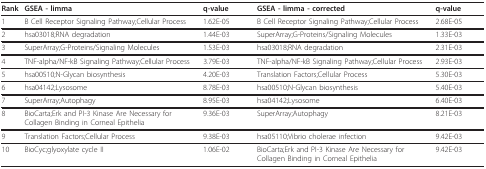
<table><thead><tr><td><b>Rank</b></td><td><b>GSEA - limma</b></td><td><b>q-value</b></td><td><b>GSEA - limma - corrected</b></td><td><b>q-value</b></td></tr></thead><tbody><tr><td>1</td><td>B Cell Receptor Signaling Pathway;Cellular Process</td><td>1.62E-05</td><td>B Cell Receptor Signaling Pathway;Cellular Process</td><td>2.68E-05</td></tr><tr><td>2</td><td>hsa03018;RNA degradation</td><td>1.44E-03</td><td>SuperArray;G-Proteins/Signaling Molecules</td><td>1.33E-03</td></tr><tr><td>3</td><td>SuperArray;G-Proteins/Signaling Molecules</td><td>1.53E-03</td><td>hsa03018;RNA degradation</td><td>2.31E-03</td></tr><tr><td>4</td><td>TNF-alpha/NF-kB Signaling Pathway;Cellular Process</td><td>3.79E-03</td><td>TNF-alpha/NF-kB Signaling Pathway;Cellular Process</td><td>2.93E-03</td></tr><tr><td>5</td><td>hsa00510;N-Glycan biosynthesis</td><td>4.20E-03</td><td>Translation Factors;Cellular Process</td><td>5.30E-03</td></tr><tr><td>6</td><td>hsa04142;Lysosome</td><td>8.78E-03</td><td>hsa00510;N-Glycan biosynthesis</td><td>5.40E-03</td></tr><tr><td>7</td><td>SuperArray;Autophagy</td><td>8.95E-03</td><td>hsa04142;Lysosome</td><td>6.40E-03</td></tr><tr><td>8</td><td>BioCarta;Erk and PI-3 Kinase Are Necessary for Collagen Binding in Corneal Epithelia</td><td>9.36E-03</td><td>SuperArray;Autophagy</td><td>8.21E-03</td></tr><tr><td>9</td><td>Translation Factors;Cellular Process</td><td>9.38E-03</td><td>hsa05110;Vibrio cholerae infection</td><td>9.42E-03</td></tr><tr><td>10</td><td>BioCyc;glyoxylate cycle II</td><td>1.06E-02</td><td>BioCarta;Erk and PI-3 Kinase Are Necessary for Collagen Binding in Corneal Epithelia</td><td>9.42E-03</td></tr></tbody></table>